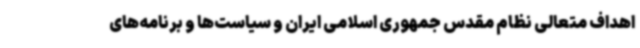
اهداف متعالی نظام مقدس جمهوری اسلامی ایران و سیاست‌ها و برنامه‌های